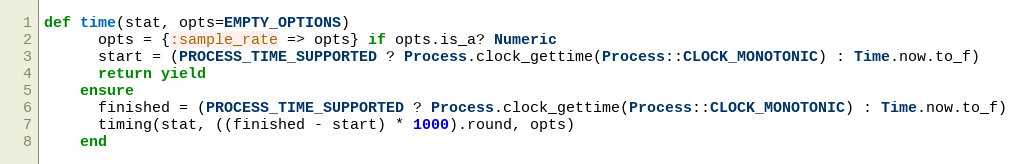
Language: Ruby
def time(stat, opts=EMPTY_OPTIONS)
      opts = {:sample_rate => opts} if opts.is_a? Numeric
      start = (PROCESS_TIME_SUPPORTED ? Process.clock_gettime(Process::CLOCK_MONOTONIC) : Time.now.to_f)
      return yield
    ensure
      finished = (PROCESS_TIME_SUPPORTED ? Process.clock_gettime(Process::CLOCK_MONOTONIC) : Time.now.to_f)
      timing(stat, ((finished - start) * 1000).round, opts)
    end